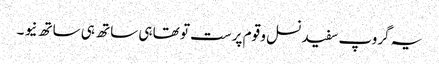
یہ گروپ سفید نسل و قوم پرست تو تھا ہی ساتھ ہی ساتھ نیو ۔